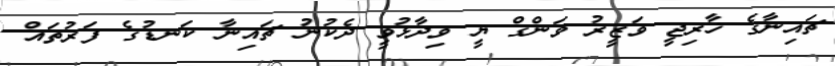
ޗައިނާގެ ޚާރިޖީ ވަޒީރު ވަންގް ޔީ ވިދާޅުވީ ދެކުނު ޗައިނާ ކަނޑުގެ ފަރުތައް